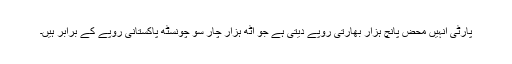
پارٹی انہیں محض پانچ ہزار بھارتی روپے دیتی ہے جو آٹھ ہزار چار سو چونسٹھ پاکستانی روپے کے برابر ہیں۔